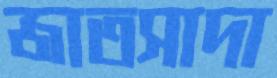
জাতসাদা